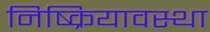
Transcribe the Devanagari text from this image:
निष्क्रियावस्था